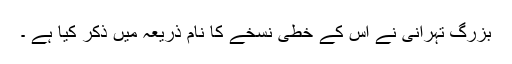
بزرگ تہرانی نے اس کے خطی نسخے کا نام ذریعہ میں ذکر کیا ہے ۔